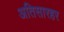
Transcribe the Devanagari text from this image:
अतिसारहर